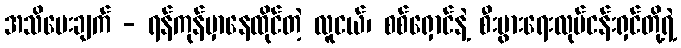
အသိပေးချက် - ရန်ကုန်မှာနေထိုင်တဲ့ လူငယ်၊ စစ်ရှောင်နဲ့ စီးပွားရေးလုပ်ငန်းရှင်တို့ရဲ့